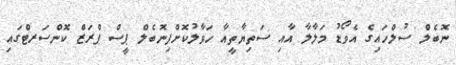
ނޮބެލް ސުލްހައިގެ އެވޯޑު މަލާލާ އާއި ސަތިޔާތީއާ ހަވާލުކޮށްފިނޮބެލް ޕީސް ޕްރަޒް ކޮންސަރޓްގައި